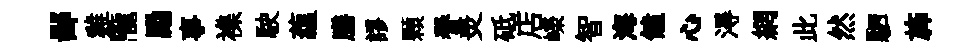
鄙雞隴勵事襍駛蘊膳謬顆譽羙砥店嶸智海饁心淂網此然駟斾